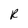
Character: R